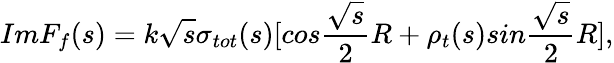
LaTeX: ImF_{f}(s)=k\sqrt{s}\sigma_{tot}(s)[cos\frac{\sqrt{s}}{2}R+\rho_{t}(s)sin\frac{\sqrt{s}}{2}R],